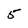
Character: 5